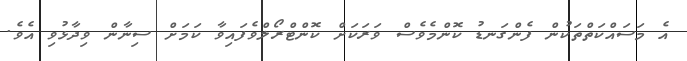
އެ މަސައްކަތްތަކުން ފެންގަނޑު ކޮންމެވެސް ވަރަކަށް ކޮންޓްރޯލްވެފައިވާ ކަމަށް ސިނާން ވިދާޅުވި އެވެ.